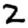
Digit: 2